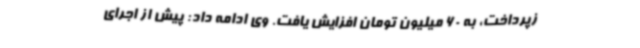
زپرداخت، به 60 میلیون تومان افزایش یافت. وی ادامه داد: پیش از اجرای